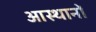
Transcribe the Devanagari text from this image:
आस्थानों